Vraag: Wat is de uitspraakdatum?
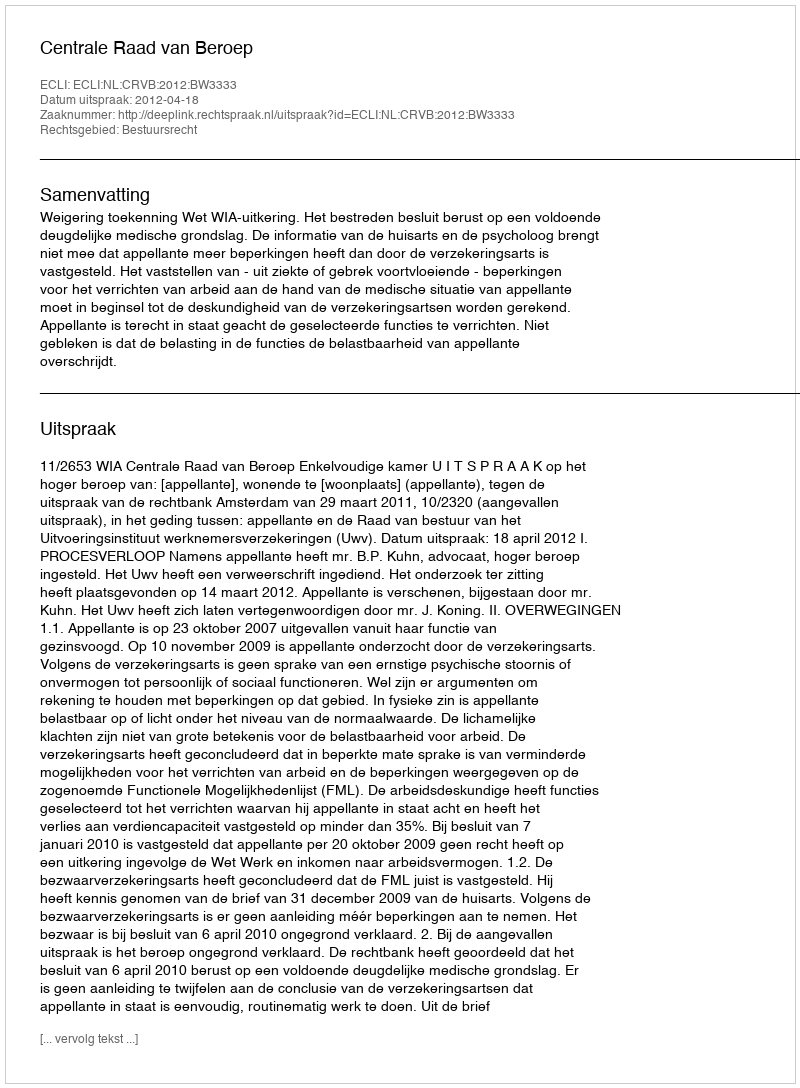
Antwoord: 2012-04-18